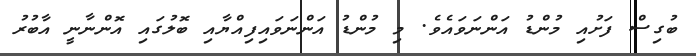
ބުގިސް ފަށުއި މުންޑު އަންނަވައެވެ. މި މުންޑު އަންނަވައިފިއްޔާއި ބޮލުގައި އޮންނާނީ އާބުރު